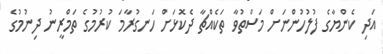
އަދި ކެންޔާގެ ފުލުހުންނަށް މަސްތުވާ ތަކެއްޗާ ދެކޮޅަށް ހަނގުރާމަ ކުރުމުގެ ތަމްރީނު ދިނުމުގެ